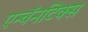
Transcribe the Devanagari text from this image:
एन्चॅनटिक्स